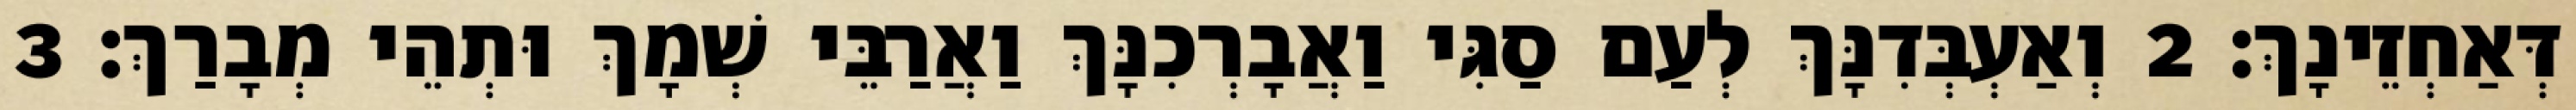
דְּאַחְזֵינָךְ׃ 2 וְאַעְבְּדִנָּךְ לְעַם סַגִּי וַאֲבָרְכִנָּךְ וַאֲרַבֵּי שְׁמָךְ וּתְהֵי מְבָרַךְ׃ 3